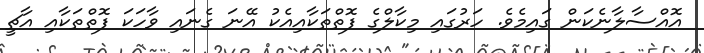
އޮއްސާލާނެކަން ގައިމެވެ. ހަރުގައި މިކާލްގެ ފޮތްތަކާއިއެކު އޭނަ ގެނައި ވާހަކަ ފޮތްތަކާއި އާޗީ